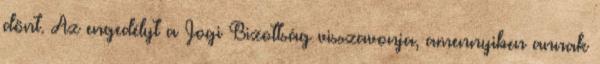
dönt. Az engedélyt a Jogi Bizottság visszavonja, amennyiben annak